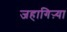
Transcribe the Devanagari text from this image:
जहागिऱ्या